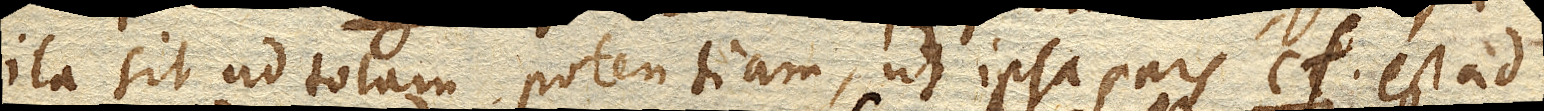
ita sit ad totam potentiam, ut ipsa pars cf. est ad